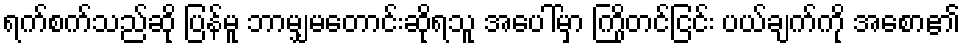
ရက်စက်သည်ဆို ပြန်မူ ဘာမျှမတောင်းဆိုရသူ အပေါ်မှာ ကြိုတင်ငြင်း ပယ်ချက်ကို အစော၏